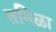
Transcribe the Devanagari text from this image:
तमिळा